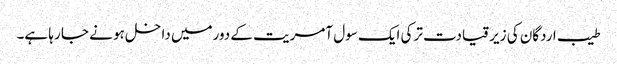
طیب اردگان کی زیر قیادت ترکی ایک سول آمریت کے دورمیں داخل ہو نے جا رہا ہے۔